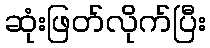
ဆုံးဖြတ်လိုက်ပြီး